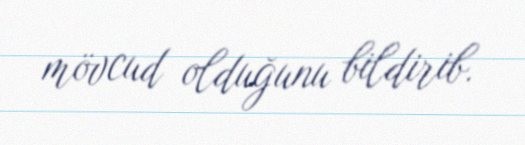
mövcud olduğunu bildirib.